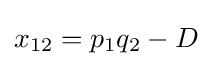
x_{12}=p_{1}q_{2}-D